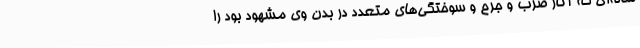
ساله‌ای که آثار ضرب و جرح و سوختگی‌های متعدد در بدن وی مشهود بود را